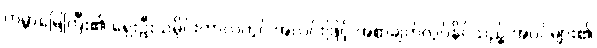
ကမ္ဘာမြေကြီး၏ ရှေးဦးသမိုင်းကာလတွင် အလင်းဖြင့် အစာချက်လုပ်နိုင်သည့် အပင်များ၏